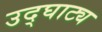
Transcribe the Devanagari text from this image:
उद्घाट्य